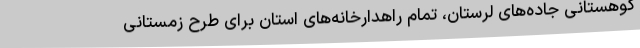
کوهستانی جاده‌های لرستان، تمام راهدارخانه‌های استان برای طرح زمستانی